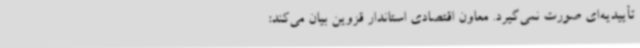
تأییدیه‌ای صورت نمی‌گیرد. معاون اقتصادی استاندار قزوین بیان می‌کند: